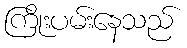
ကြိုးပမ်းနေသည်